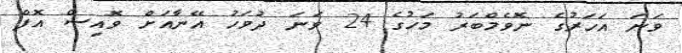
ވަނަ އަހަރުގެ ނޮވެމްބަރު މަހުގެ 24 ވަނަ ދުވަހު އޭނާއަށް ވޮއިސް އޮފް